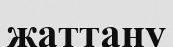
жаттану